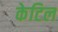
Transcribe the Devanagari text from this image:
केटिल